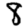
Digit: 8